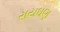
રાયઘણ